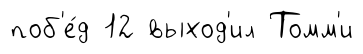
поб'е́д 12 выход'ил Томм'и